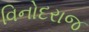
વિનોદરાજ